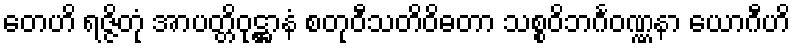
တေဟိ ရဇ္ဇိတုံ အာပတ္တိဝုဋ္ဌာနံ စတုဝီသတိဝိဓတာ သစ္စဝိဘင်္ဂဝဏ္ဏနာ ယောဂီဟိ